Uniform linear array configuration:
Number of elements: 32
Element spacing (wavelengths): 0.75
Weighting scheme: binomial
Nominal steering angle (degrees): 15
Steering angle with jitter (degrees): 13.498
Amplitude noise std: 0.05
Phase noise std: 0.05

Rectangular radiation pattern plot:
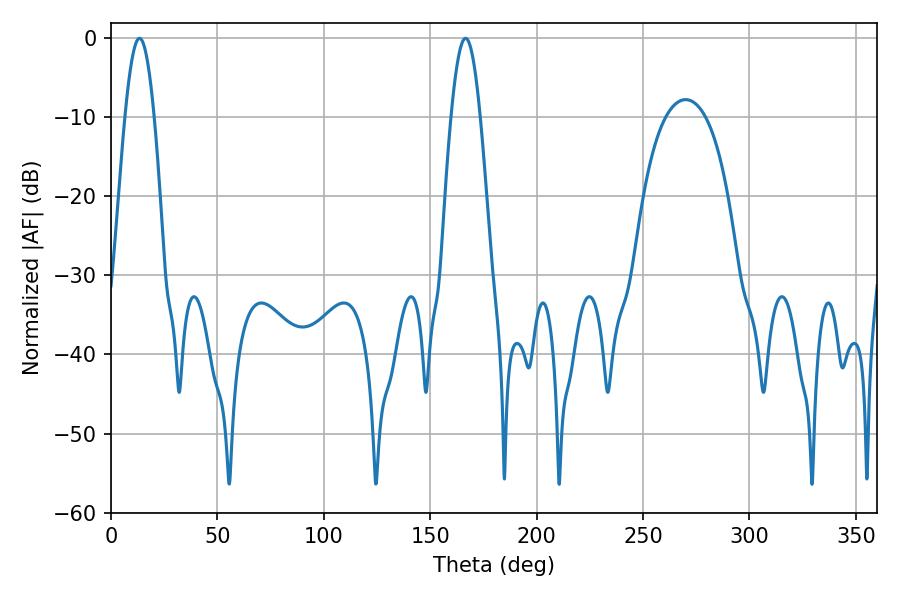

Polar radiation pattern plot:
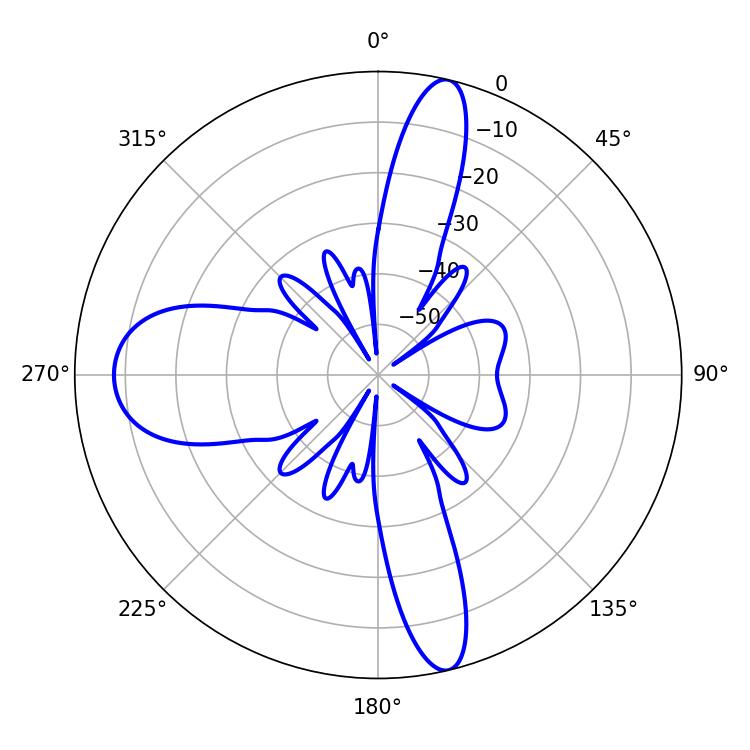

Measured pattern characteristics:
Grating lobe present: TRUE
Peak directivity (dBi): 34.128
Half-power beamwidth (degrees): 7.38
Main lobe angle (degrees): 13.32